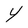
Character: Y